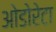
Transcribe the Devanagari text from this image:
ओडोरेटा